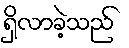
ရှိလာခဲ့သည်